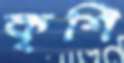
কৃশি